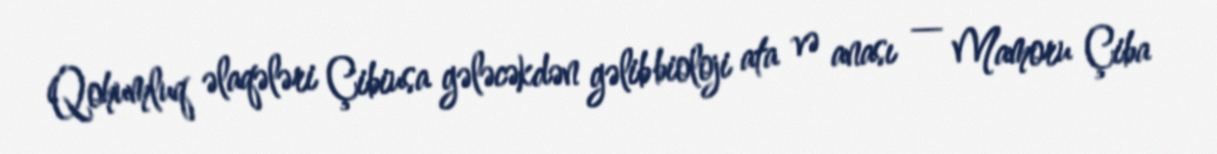
Qohumluq əlaqələri Çibiusa gələcəkdən gəlib bioloji ata və anası — Mamoru Çiba